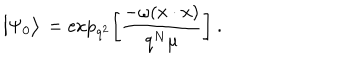
\big | \Psi _ { 0 } \big > \, = \mathrm { e x p } _ { q ^ { 2 } } \bigg [ { \frac { - \omega ( x \cdot x ) } { q ^ { N } \mu } } \bigg ] \ .